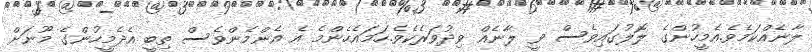
ލާނެއްކަމެވެ.އެމީހުންގެ ލޮލުގައިވެސް ވީ ލާނެއް ވިދުވަރެކެވެ.ހަމައެހެންމެ އެ އެންމެންވެސް ތިބީ އެދެމީހުންގެ މޫނަށް